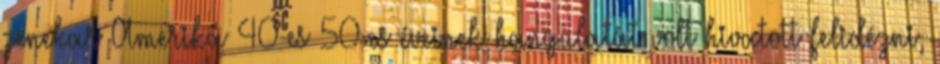
zenekar Amerika 40-es 50-es éveinek hangulatát volt hivatott felidézni,